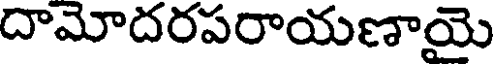
దామోదరపరాయణాయై